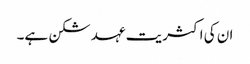
ان کی اکثریت عہد شکن ہے۔